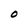
Character: O